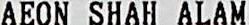
AEON SHAH ALAM